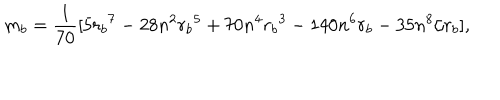
LaTeX: m _ { b } = { \frac { 1 } { 7 0 } } [ 5 { r _ { b } } ^ { 7 } - 2 8 n ^ { 2 } { r _ { b } } ^ { 5 } + 7 0 n ^ { 4 } { r _ { b } } ^ { 3 } - 1 4 0 n ^ { 6 } { r _ { b } } - 3 5 n ^ { 8 } / r _ { b } ] ,